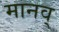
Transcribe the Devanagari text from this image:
मानव्